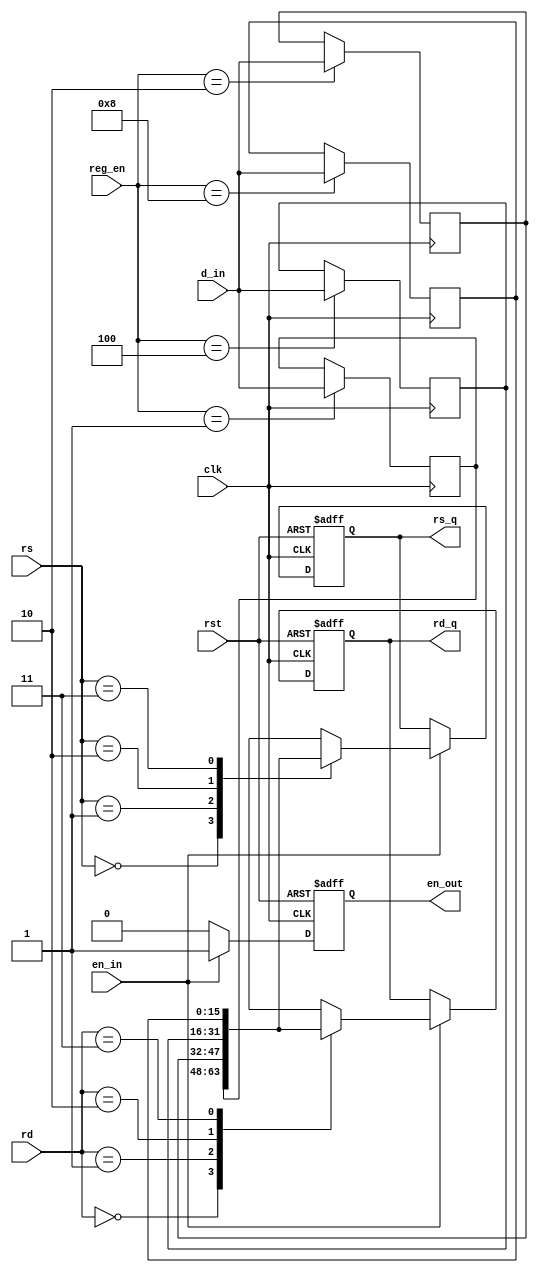
module Register(
	clk, rst, en_in,		
	reg_en, d_in,		
	rd, rs, en_out,		
   rd_q, rs_q	
   );
	input clk,rst,en_in;
	input wire[3:0] reg_en;	// 
	input wire[15:0] d_in;	// (alu_out)
	input wire[1:0] rd,rs;	// 
	output reg en_out;	// 
	output reg[15:0] rd_q,rs_q;	// 
	reg[15:0] r[3:0];	//  416
	
	// 0
	initial
	begin
		r[0]=16'b0;
		r[1]=16'b0;
		r[2]=16'b0;
		r[3]=16'b0;
	end
	
	always @(posedge clk)
	begin
	// reg_end_in
		case(reg_en)
			4'b0001: r[0] <= d_in;
			4'b0010: r[1] <= d_in;
			4'b0100: r[2] <= d_in;
			4'b1000: r[3] <= d_in;
		endcase
	end
	
	always@(posedge clk or negedge rst)
	begin
		// rstrd_qrs_q0en_out
		if(rst == 1'b0)
		begin
			rd_q <= 16'b0;
			rs_q <= 16'b0;    
			en_out <= 1'b0; 
		end
		// en_inen_out()
		else if(en_in == 1'b1)
		begin
			rd_q <= r[rd];
			rs_q <= r[rs];
			en_out <= 1'b1;
		end
		// en_inen_out()
		else
			en_out <= 1'b0;
	end
endmodule